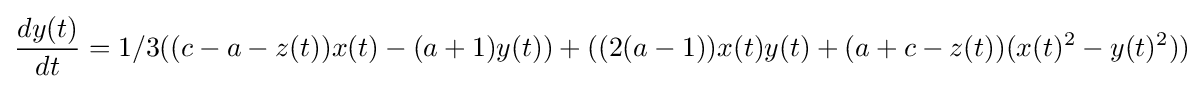
{\frac {dy(t)}{dt}}=1/3((c-a-z(t))x(t)-(a+1)y(t))+((2(a-1))x(t)y(t)+(a+c-z(t))(x(t)^{2}-y(t)^{2}))